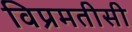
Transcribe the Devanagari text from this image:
विप्रमतीसी